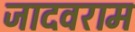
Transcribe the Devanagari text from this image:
जादवराम